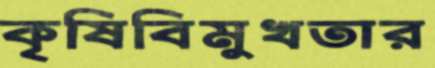
কৃষিবিমুখতার